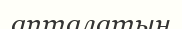
апталатын